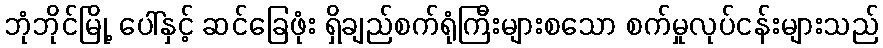
ဘုံဘိုင်မြို့ ပေါ်နှင့် ဆင်ခြေဖုံး ရှိချည်စက်ရုံကြီးများစသော စက်မှုလုပ်ငန်းများသည်